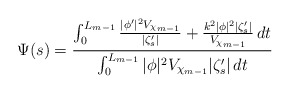
\begin{align*}\Psi(s) = \frac{ \int_0^{L_{m-1}} \frac{|\phi'|^2 V_{\chi_{m-1}}}{|\zeta_s '|} + \frac{k^2 |\phi|^2 | \zeta_s' |}{V_{\chi_{m-1}}} \,dt}{ \int_0^{L_{m-1}} |\phi|^2 V_{\chi_{m-1}} | \zeta_s' | \,dt}\end{align*}